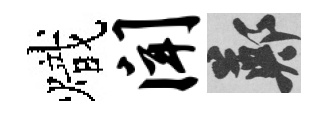
熾闻鄭